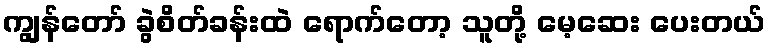
ကျွန်တော် ခွဲစိတ်ခန်းထဲ ရောက်တော့ သူတို့ မေ့ဆေး ပေးတယ်